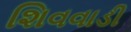
શિવવાડી